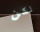
لكن